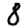
Digit: 8